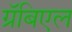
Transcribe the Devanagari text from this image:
ग्रॅबिएल